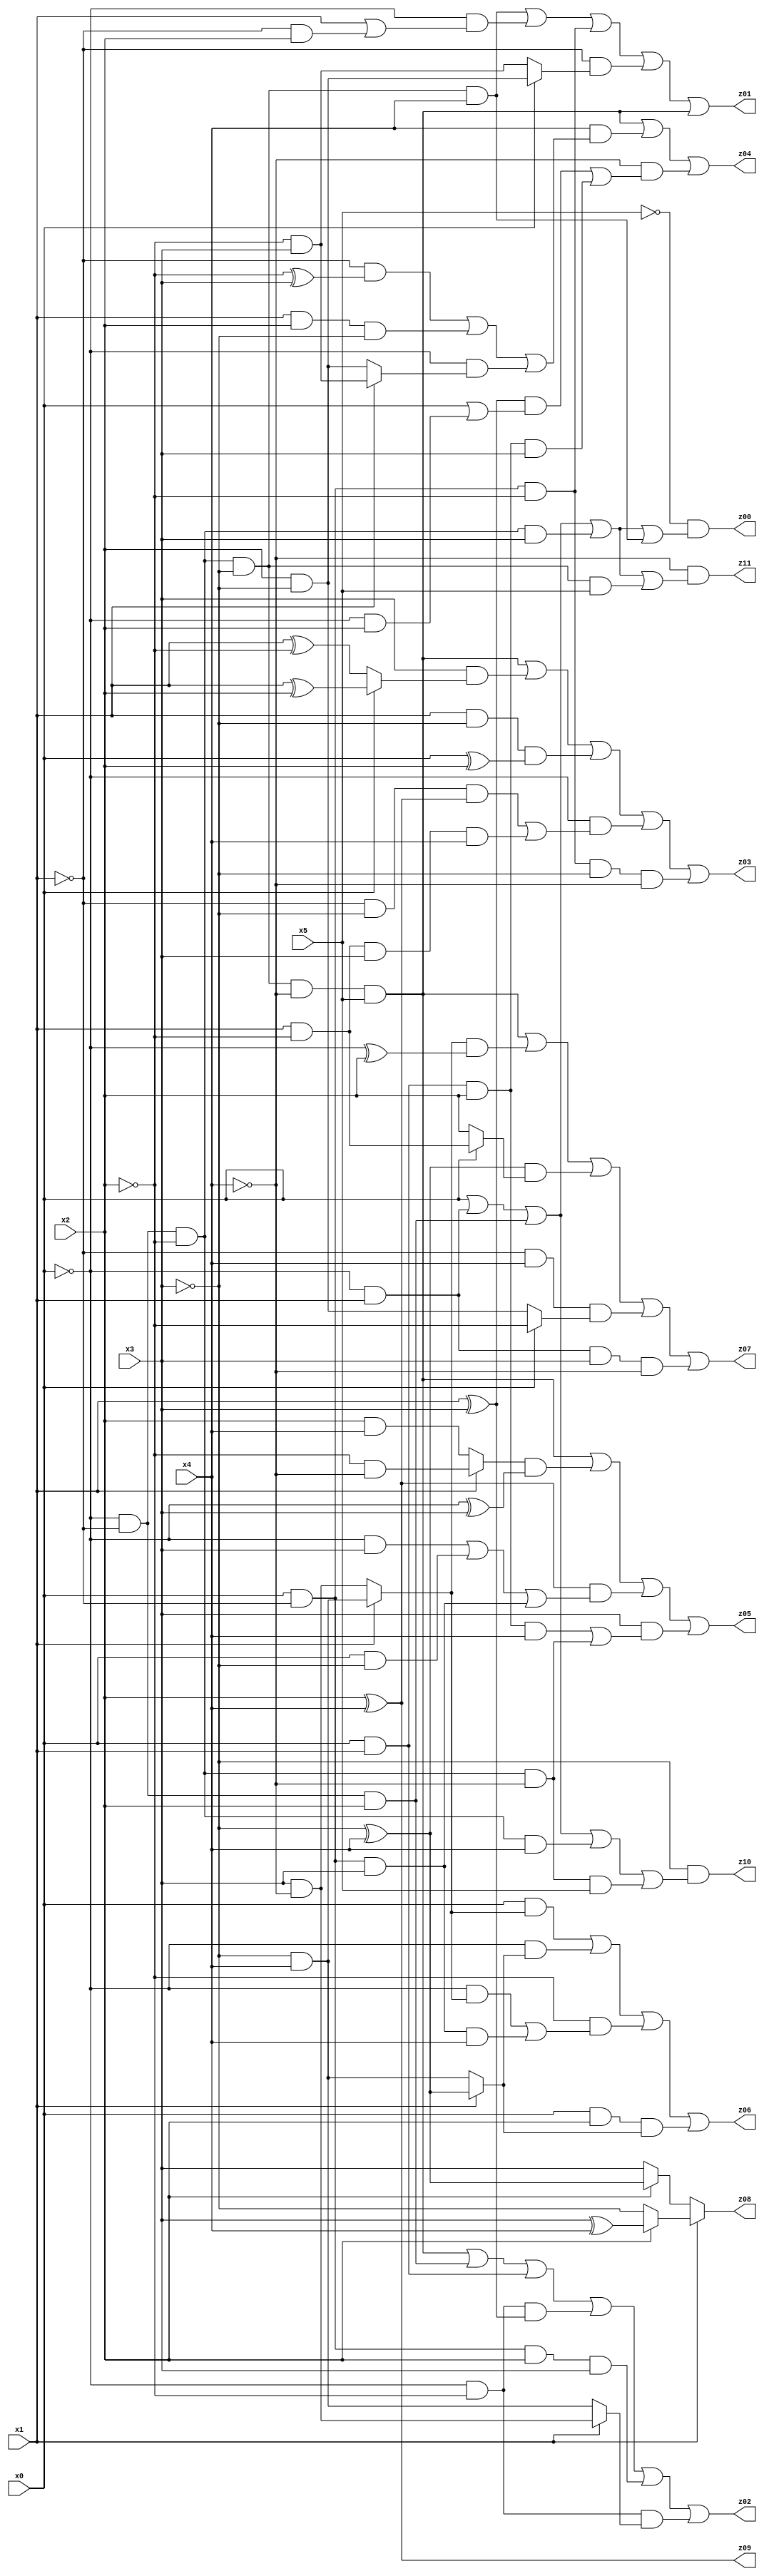
// Benchmark "X_57" written by ABC on Fri Jun 02 22:55:39 2023

module X_57 ( 
    x0, x1, x2, x3, x4, x5,
    z00, z01, z02, z03, z04, z05, z06, z07, z08, z09, z10, z11  );
  input  x0, x1, x2, x3, x4, x5;
  output z00, z01, z02, z03, z04, z05, z06, z07, z08, z09, z10, z11;
  assign z00 = ~x5 & (x0 | (~x0 & x1) | (~x0 & ~x1 & x2) | (~x0 & ~x1 & ~x2 & x3) | (~x0 & ~x1 & ~x2 & ~x3 & x4));
  assign z01 = (~x0 & ~x1 & ~x2 & ~x3 & x4) | (~x0 & (x1 | (~x1 & x2))) | (x0 & ~x1 & ~x2) | (~x1 & (x0 ? (x2 & ~x3) : (~x2 & x3))) | (~x0 & ~x1 & ~x2 & ~x3 & ~x4 & x5);
  assign z02 = (~x0 & ~x1 & ~x2 & ~x3 & ~x4 & x5) | (~x0 & ~x1 & x2) | (x0 & x1) | (~x0 & ~x2 & (x1 ^ x3)) | (x0 & ~x1 & x2 & x3) | (~x0 & ~x2 & (x1 ? (x3 & ~x4) : (~x3 & x4)));
  assign z03 = (~x0 & ~x1 & ~x2 & ~x3 & ~x4 & x5) | (x3 & (x0 ? (x1 ^ x2) : (x1 ^ ~x2))) | (x1 & ~x3 & (x0 ^ x2)) | (~x0 & ((~x1 & ~x3 & (x2 ^ x4)) | (x1 & ~x2 & x3 & x4))) | (x0 & ~x1 & ~x2 & ~x3 & ~x4);
  assign z04 = (~x0 & ~x1 & ~x2 & ~x3 & ~x4 & x5) | (x4 & ((~x1 & (~x2 ^ x3)) | (x1 & x2 & ~x3) | (~x0 & (x1 ? (~x2 & x3) : (x2 & ~x3))))) | (~x4 & (((x1 ^ x3) & (x0 | (~x0 & x2))) | (x0 & x1 & x2 & x3)));
  assign z05 = (~x0 & ~x1 & ~x2 & ~x3 & ~x4 & x5) | ((x1 ? (~x2 & ~x4) : (x2 & x4)) & (~x0 ^ x3)) | ((x2 ^ x4) & ((~x0 & x3) | (x0 & ~x3) | (x0 & ~x1 & x3))) | (x3 & ((x0 & x1 & x2 & x4) | (~x0 & ~x1 & ~x2 & ~x4)));
  assign z06 = (x0 & (x1 ? (~x3 & x4) : (x3 & ~x4))) | (~x0 & (x1 ? (~x3 ^ x4) : (~x3 & x4))) | (~x2 & ((~x0 & (x1 ? (~x3 & x4) : (x3 & ~x4))) | (x0 & ~x1 & x3 & x4))) | (x0 & x2 & (x1 ? (~x3 ^ x4) : (~x3 & x4)));
  assign z07 = (~x0 & ~x1 & ~x2 & ~x3 & ~x4 & x5) | ((x1 ? (~x3 & x4) : (x3 & ~x4)) & (~x0 ^ x2)) | ((~x3 ^ x4) & (x0 ? (x1 & ~x2) : x2)) | (~x1 & x4 & (x0 ? ~x2 : (x2 & ~x3))) | (~x0 & x1 & x3 & ~x4);
  assign z08 = x1 ? (x2 ? (x3 ^ x4) : ~x3) : (x2 ? (~x3 ^ x4) : x3);
  assign z09 = x2 ^ x4;
  assign z10 = ~x3 & (x0 | (~x0 & x1) | (~x0 & ~x1 & x2) | (~x0 & ~x1 & ~x2 & x4) | (~x0 & ~x1 & ~x2 & ~x4 & x5));
  assign z11 = ~x4 & (x0 | (~x0 & x1) | (~x0 & ~x1 & x2) | (~x0 & ~x1 & ~x2 & x3) | (~x0 & ~x1 & ~x2 & ~x3 & x5));
endmodule